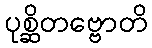
ပုစ္ဆိတဗ္ဗောတိ